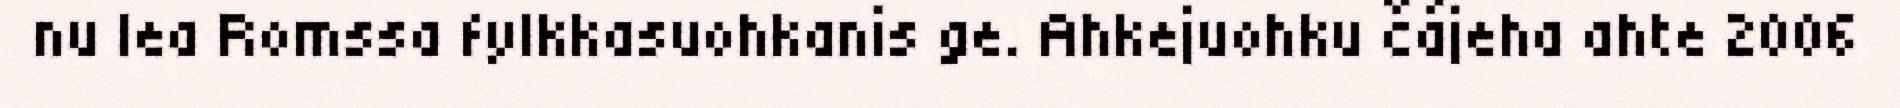
nu lea Romssa fylkkasuohkanis ge. Ahkejuohku čájeha ahte 2006